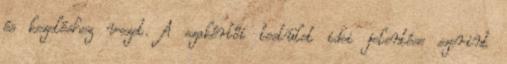
és kezeléshez vezet. A szakértői testület idei jelentése szerint